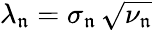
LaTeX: \lambda_{\mathfrak{n}}=\sigma_{\mathfrak{n}}\, \sqrt{\nu_{\mathfrak{n}}}